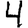
Digit: 4